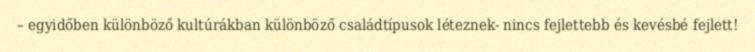
– egyidőben különböző kultúrákban különböző családtípusok léteznek- nincs fejlettebb és kevésbé fejlett!